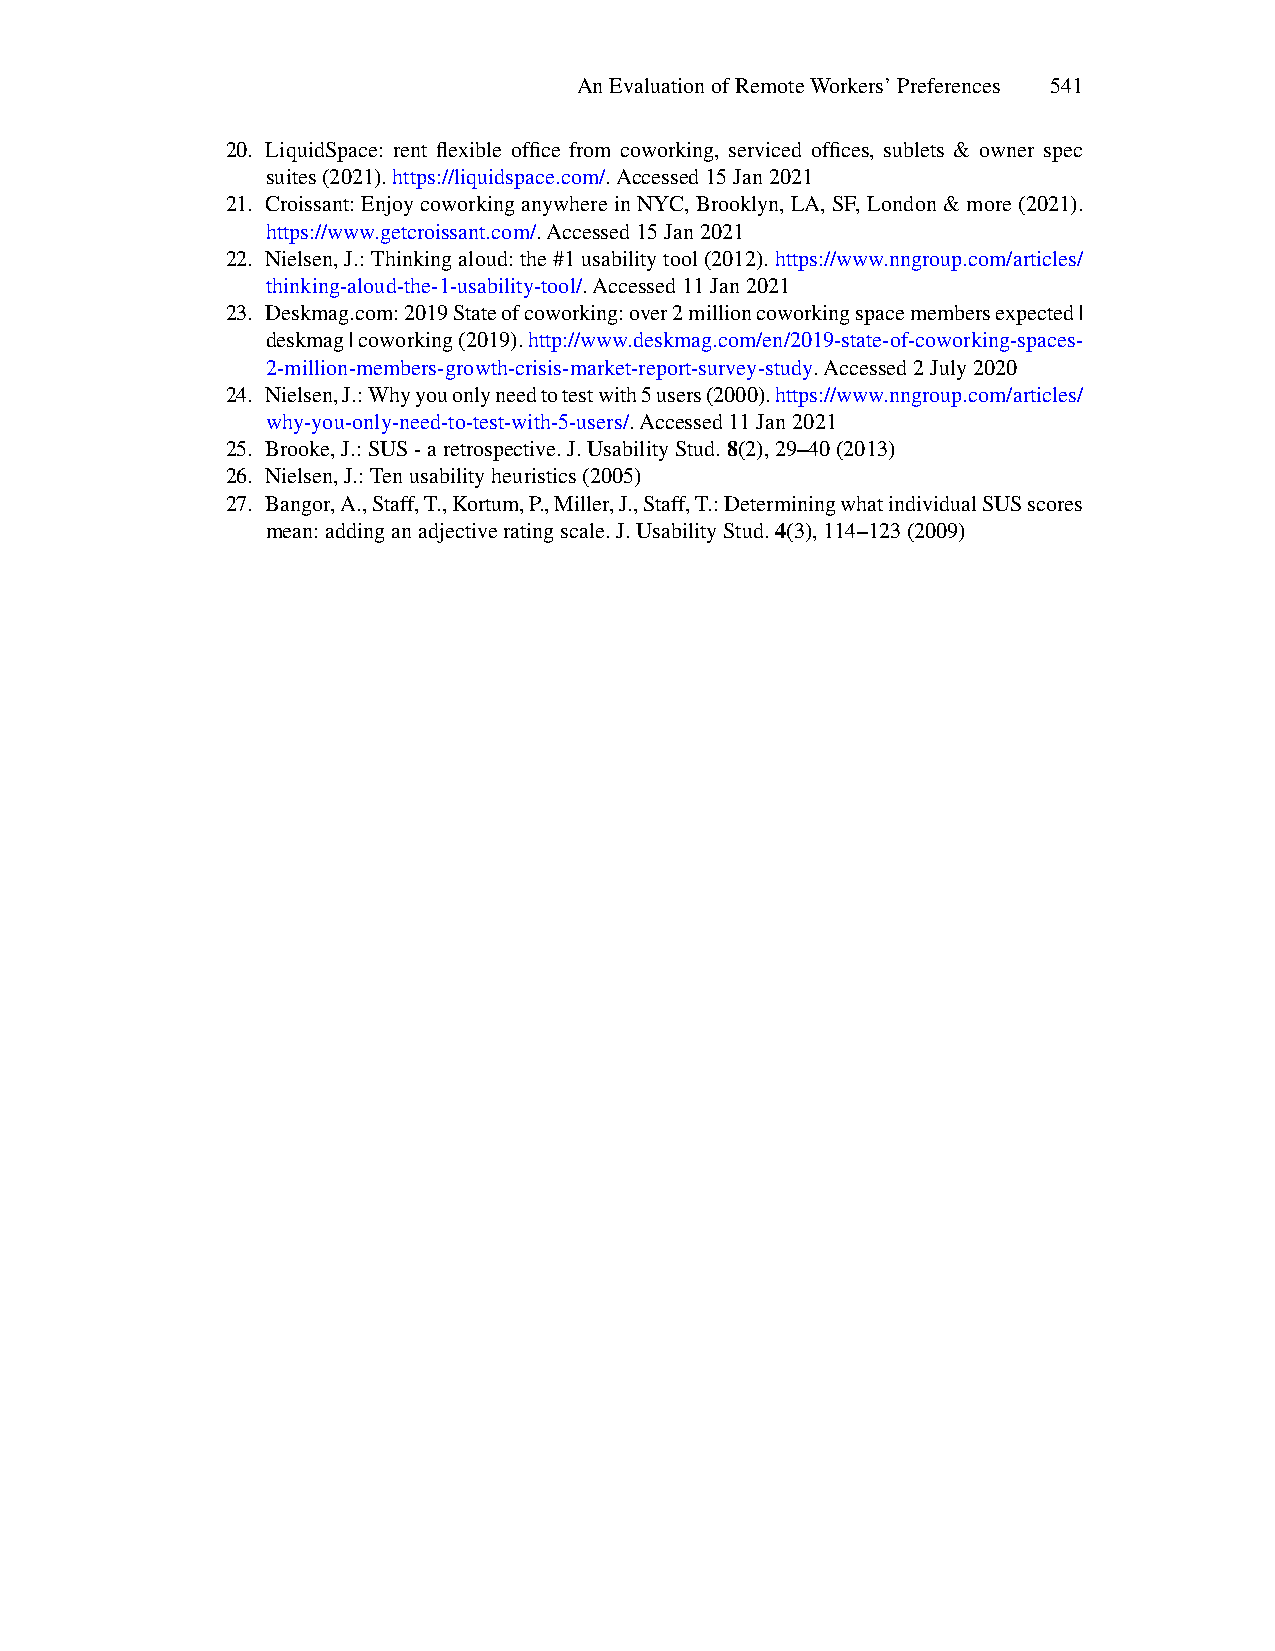
AnEvaluationofRemoteWorkers’Preferences 541
 20. LiquidSpace: rent flexible office from coworking, serviced offices, sublets & owner spec
 suites(2021).https://liquidspace.com/.Accessed15Jan2021
 21. Croissant:EnjoycoworkinganywhereinNYC,Brooklyn,LA,SF,London&more(2021).
 https://www.getcroissant.com/.Accessed15Jan2021
 22. Nielsen,J.:Thinkingaloud:the#1usabilitytool(2012).https://www.nngroup.com/articles/
 thinking-aloud-the-1-usability-tool/.Accessed11Jan2021
 23. Deskmag.com:2019Stateofcoworking:over2millioncoworkingspacemembersexpected|
 deskmag|coworking(2019).http://www.deskmag.com/en/2019-state-of-coworking-spaces-
 2-million-members-growth-crisis-market-report-survey-study.Accessed2July2020
 24. Nielsen,J.:Whyyouonlyneedtotestwith5users(2000).https://www.nngroup.com/articles/
 why-you-only-need-to-test-with-5-users/.Accessed11Jan2021
 25. Brooke,J.:SUS-aretrospective.J.UsabilityStud.8(2),29–40(2013)
 26. Nielsen,J.:Tenusabilityheuristics(2005)
 27. Bangor,A.,Staff,T.,Kortum,P.,Miller,J.,Staff,T.:DeterminingwhatindividualSUSscores
 mean:addinganadjectiveratingscale.J.UsabilityStud.4(3),114–123(2009)